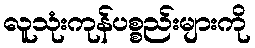
လူသုံးကုန်ပစ္စည်းများကို